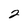
Character: 2